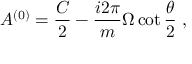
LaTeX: { \cal A } ^ { ( 0 ) } = { \frac { \cal C } { 2 } } - { \frac { i 2 \pi } { m } } \Omega \cot { \frac { \theta } { 2 } } \ ,